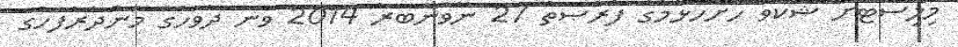
މިލިސްޓަށް ޝަކުވާ ހުށަހެޅުމުގެ ފުރުޞަތު 27 ނޮވެންބަރު 2014 ވަނަ ދުވަހުގެ މެންދުރުފަހުގެ